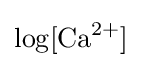
\log[{\text{Ca}}^{2+}]